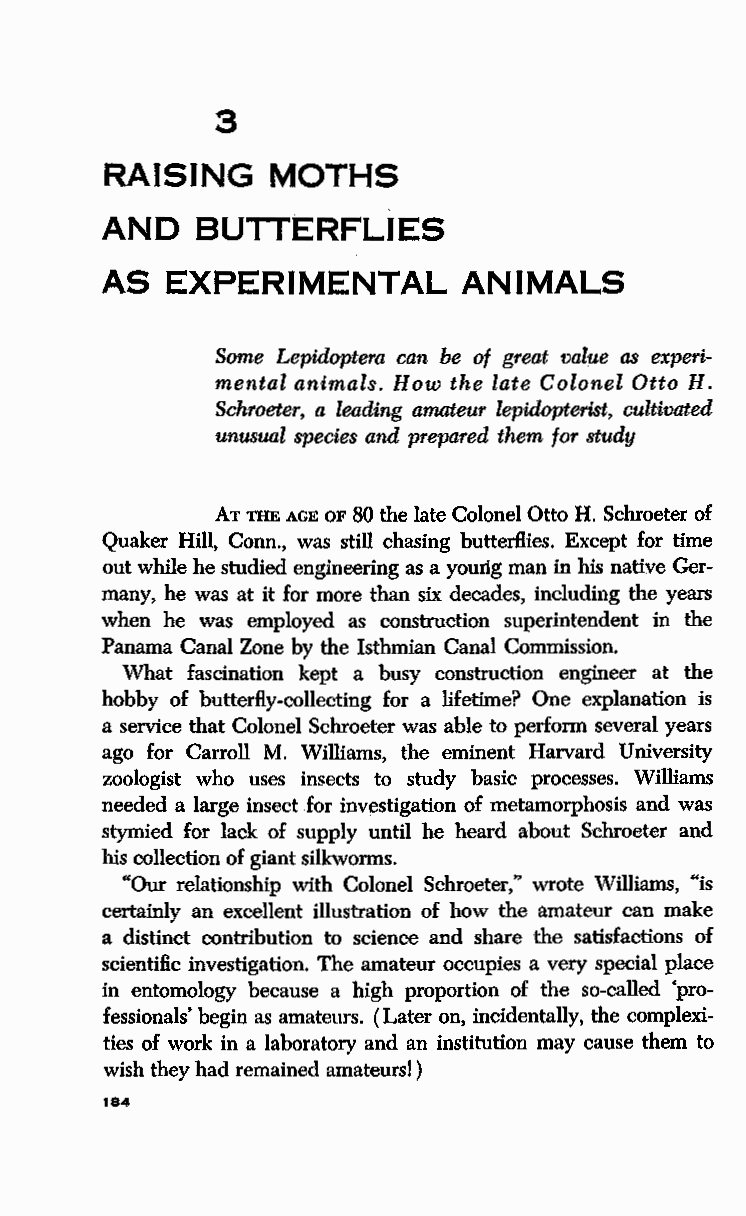
3
 RAISING    MOTHS
 AND   BUTTERFLIES
 AS  EXPERIMENTAL        ANIMALS
 Some Lepidoptera can be of great value as experi
 mental animals. How the late Colonel Otto H.
 Schroeter, a leading amateur lepidopterist, cultivated
 unusual species and prepared them for study
 AT THE AGE OF 80 the late Colonel Otto H. Schroeter of
 Quaker Hill, Conn., was still chasing butterflies. Except for time
 out while he studied engineering as a yourlg man in his native Ger
 many, he was at it for more than six decades, including the years
 when he was employed as construction superintendent in the
 Panama Canal Zone by the Isthmian Canal Commission.
 What fascination kept a busy construction engineer at the
 hobby of butterfly-collecting for a lifetime? One explanation is
 a service that Colonel Schroeter was able to perform several years
 ago for Carroll M. Williams, the eminent Harvard University
 zoologist who uses insects to study basic processes. Williams
 needed a large insect for investigation of metamorphosis and was
 stymied for lack of supply until he heard about Schroeter and
 his collection of giant silkworms.
 "Our relationship with Colonel Schroeter," wrote Williams, "is
 certainly an excellent illustration of how the amateur can make
 a distinct contribution to science and share the satisfactions of
 scientific investigation. The amateur occupies a very special place
 in entomology because a high proportion of the so-called 'pro
 fessionals' begin as amateurs. (Later on, incidentally, the complexi
 ties of work in a laboratory and an institution may cause them to
 wish they had remained amateurs! )
 184